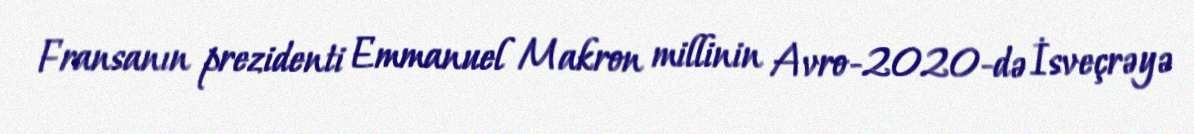
Fransanın prezidenti Emmanuel Makron millinin Avro-2020-də İsveçrəyə